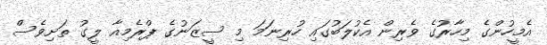
އެމީހުންގެ މިހާރުގެ ވެރިން އެކުލަބުގައި ހުރިނަމަ މި ސީޒަނުގެ ޕްރެމިއާ ލީގު ތަށިވެސް